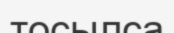
тосылса